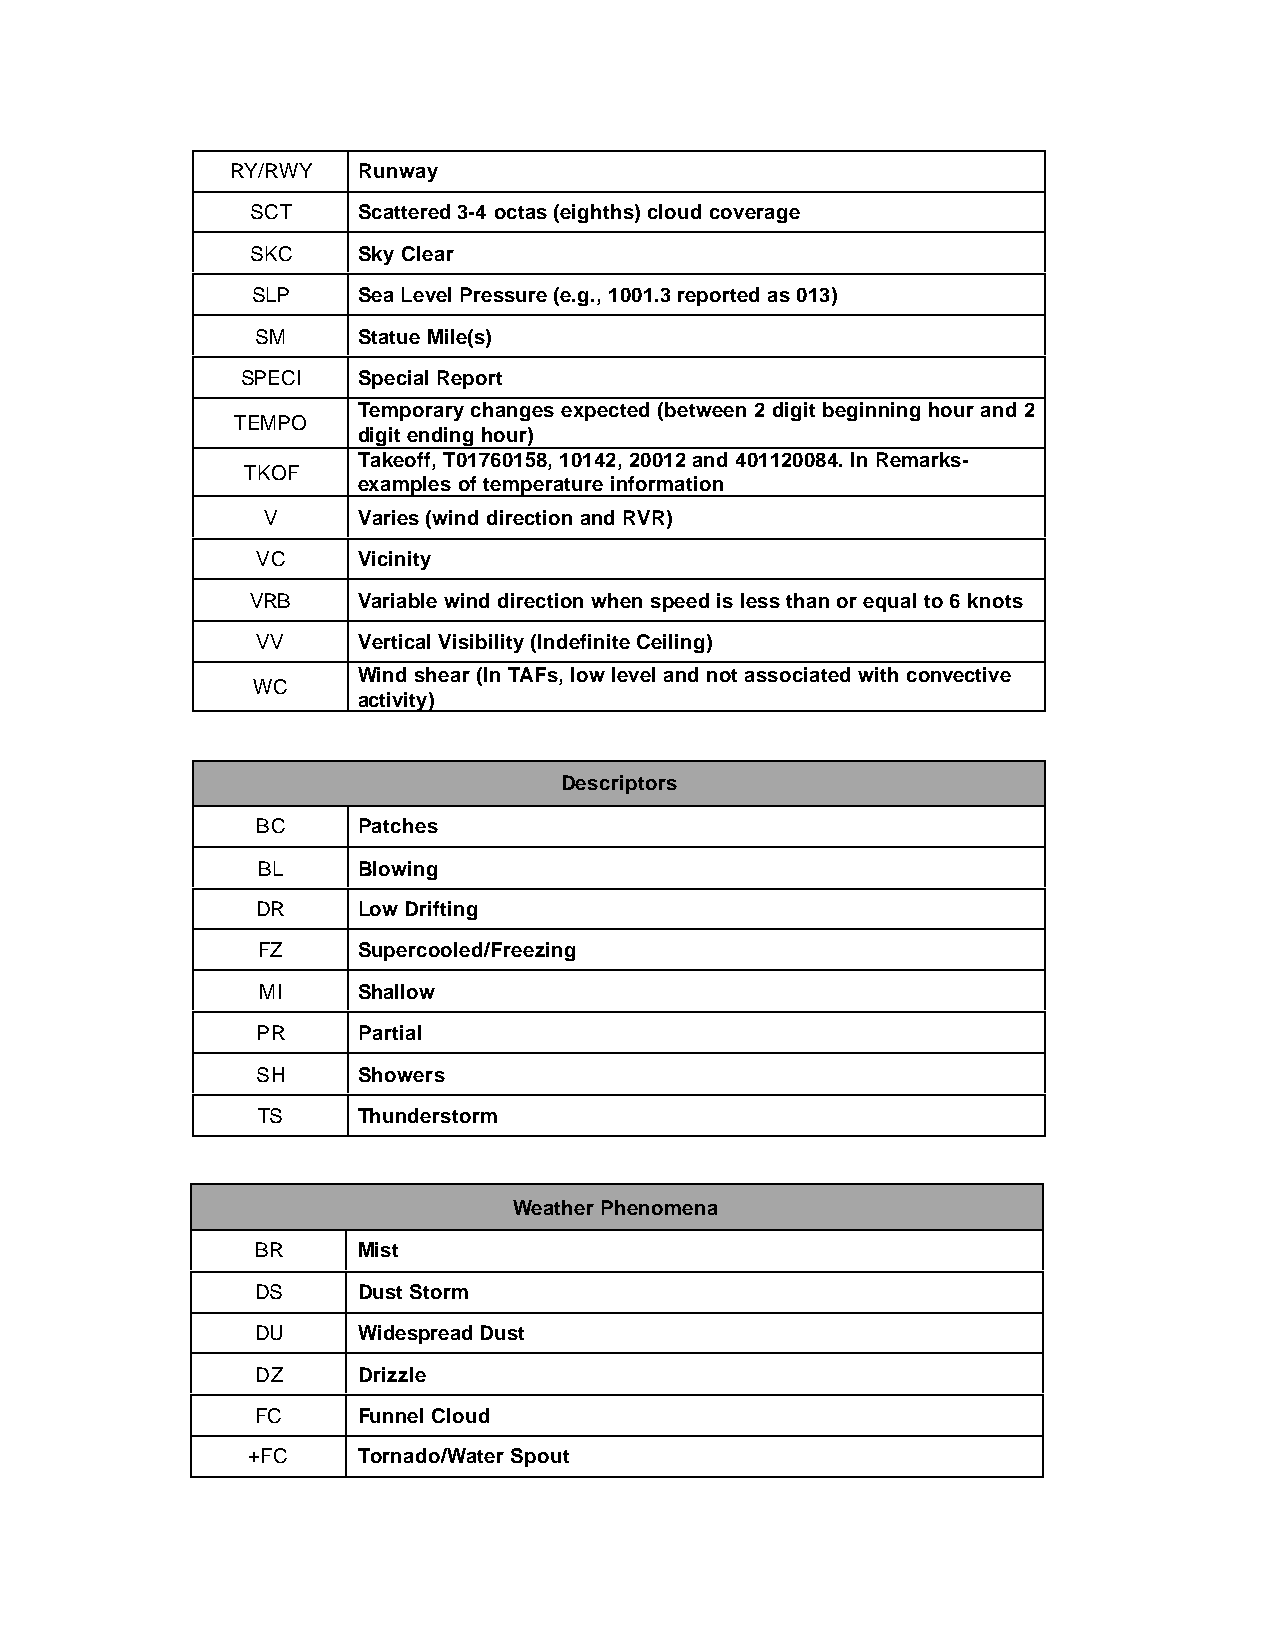
RY/RWY   Runway
 SCT    Scattered 3-4 octas (eighths) cloud coverage
 SKC    Sky Clear
 SLP    Sea Level Pressure (e.g., 1001.3 reported as 013)
 SM     Statue Mile(s)
 SPECI   Special Report
 Temporary changes expected (between 2 digit beginning hour and 2
 TEMPO
 digit ending hour)
 Takeoff, T01760158, 10142, 20012 and 401120084. In Remarks-
 TKOF
 examples of temperature information
 V      Varies (wind direction and RVR)
 VC     Vicinity
 VRB    Variable wind direction when speed is less than or equal to 6 knots
 VV     Vertical Visibility (Indefinite Ceiling)
 Wind shear (In TAFs, low level and not associated with convective
 WC
 activity)
 Descriptors
 BC     Patches
 BL     Blowing
 DR     Low Drifting
 FZ     Supercooled/Freezing
 MI     Shallow
 PR     Partial
 SH     Showers
 TS     Thunderstorm
 Weather Phenomena
 BR     Mist
 DS     Dust Storm
 DU     Widespread Dust
 DZ     Drizzle
 FC     Funnel Cloud
 +FC     Tornado/Water Spout